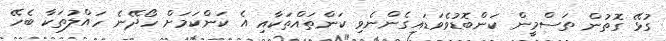
ގުޅޭ ގޮތުން ތަސްމީން ކަންބޮޑުވެވަޑައިގެންނެވި ކަންތައްތަކާއި އެ ކަންކަމަށް ހޯދޭނެ ހައްލުތަކާ ބެހޭ